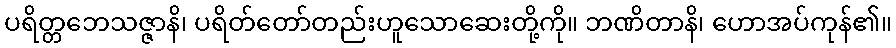
ပရိတ္တဘေသဇ္ဇာနိ၊ ပရိတ်တော်တည်းဟူသောဆေးတို့ကို။ ဘဏိတာနိ၊ ဟောအပ်ကုန်၏။